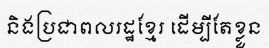
និងប្រជាពលរដ្ឋខ្មែរ ដើម្បីតែខ្លួន